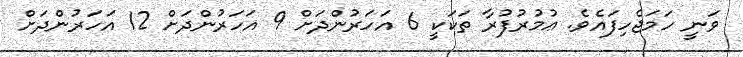
ވަނީ ހަމަޖެހިފައެވެ. ޢުމުރުފުރާ ތަކަކީ 6 އަހަރުންދަށް 9 އަހަރުންދަށް 12 އަހަރުންދަށް